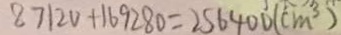
8 7 1 2 0 + 1 6 9 2 8 0 = 2 5 6 4 0 0 ( c m ^ { 3 } )